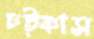
চট্‌কাস